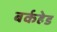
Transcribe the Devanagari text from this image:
बर्कहेड